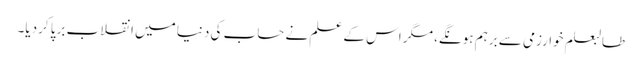
طالبعلم خوارزمی سے برہم ہونگے، مگر اس کے علم نے حساب کی دنیا میں انقلاب برپا کردیا۔